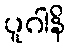
ပူဂါနိ